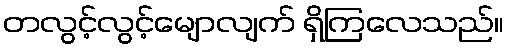
တလွင့်လွင့်မျောလျက် ရှိကြလေသည်။